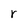
Character: r